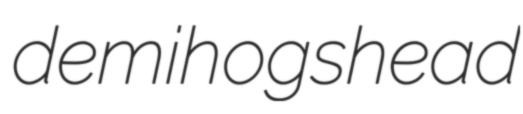
demihogshead